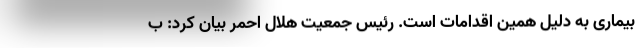
بیماری به دلیل همین اقدامات است. رئیس جمعیت هلال احمر بیان کرد: ب